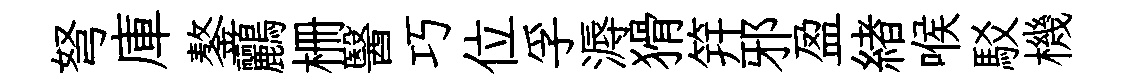
弩庫鏊鸝栅醫巧位孚溽猾笄邪盈緖喉駁機